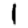
Digit: 1